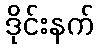
ဒိုင်းနက်